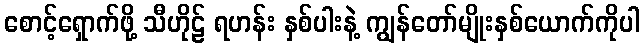
စောင့်ရှောက်ဖို့ သီဟိုဠ် ရဟန်း နှစ်ပါးနဲ့ ကျွန်တော်မျိုးနှစ်ယောက်ကိုပါ